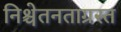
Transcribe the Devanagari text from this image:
निश्चेतनताग्रस्त